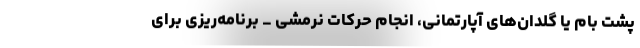
پشت بام یا گلدان‌های آپارتمانی، انجام حرکات نرمشی _ برنامه‌ریزی برای